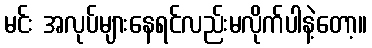
မင်း အလုပ်များနေရင်လည်းမလိုက်ပါနဲ့တော့။